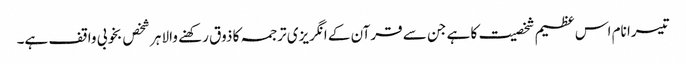
تیسرا نام اس عظیم شخصیت کا ہے جن سے قرآن کے انگریزی ترجمہ کا ذوق رکھنے والا ہر شخص بخوبی واقف ہے۔